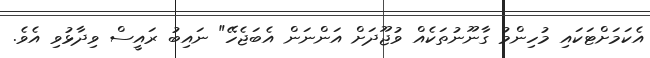
އެކަމަށްޓަކައި މުހިންމު ގާނޫނުތަކެއް ވުޖޫދަށް އަންނަން އެބަޖެހޭ" ނައިބު ރައީސް ވިދާޅުވި އެވެ.